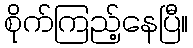
စိုက်ကြည့်နေပြီ။